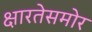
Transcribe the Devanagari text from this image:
क्षारतेसमोर